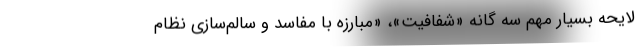
لایحه بسیار مهم سه گانه «شفافیت»، «مبارزه با مفاسد و سالم‌سازی نظام